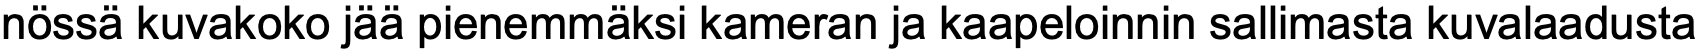
nössä kuvakoko jää pienemmäksi kameran ja kaapeloinnin sallimasta kuvalaadusta